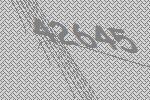
42645